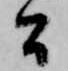
間